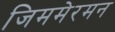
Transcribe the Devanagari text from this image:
जिममेरमन